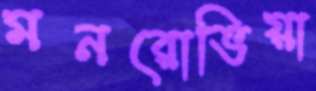
মনরোভিয়া